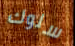
سلوك